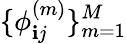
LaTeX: \{ \phi_{\mathbf{i}j}^{(m)}\} _{m=1}^{M}